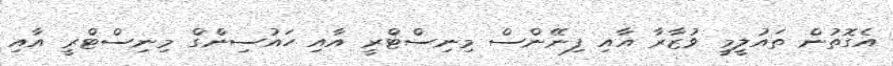
އެގޮތުން ތައުލީމީ ވުޒާރާ އާއި ފިނޭންސް މިނިސްޓްރީ އާއި ހައުސިންގް މިނިސްޓްރީ އާއި